V__Kingissepa_nim__kolhoos, lk 57
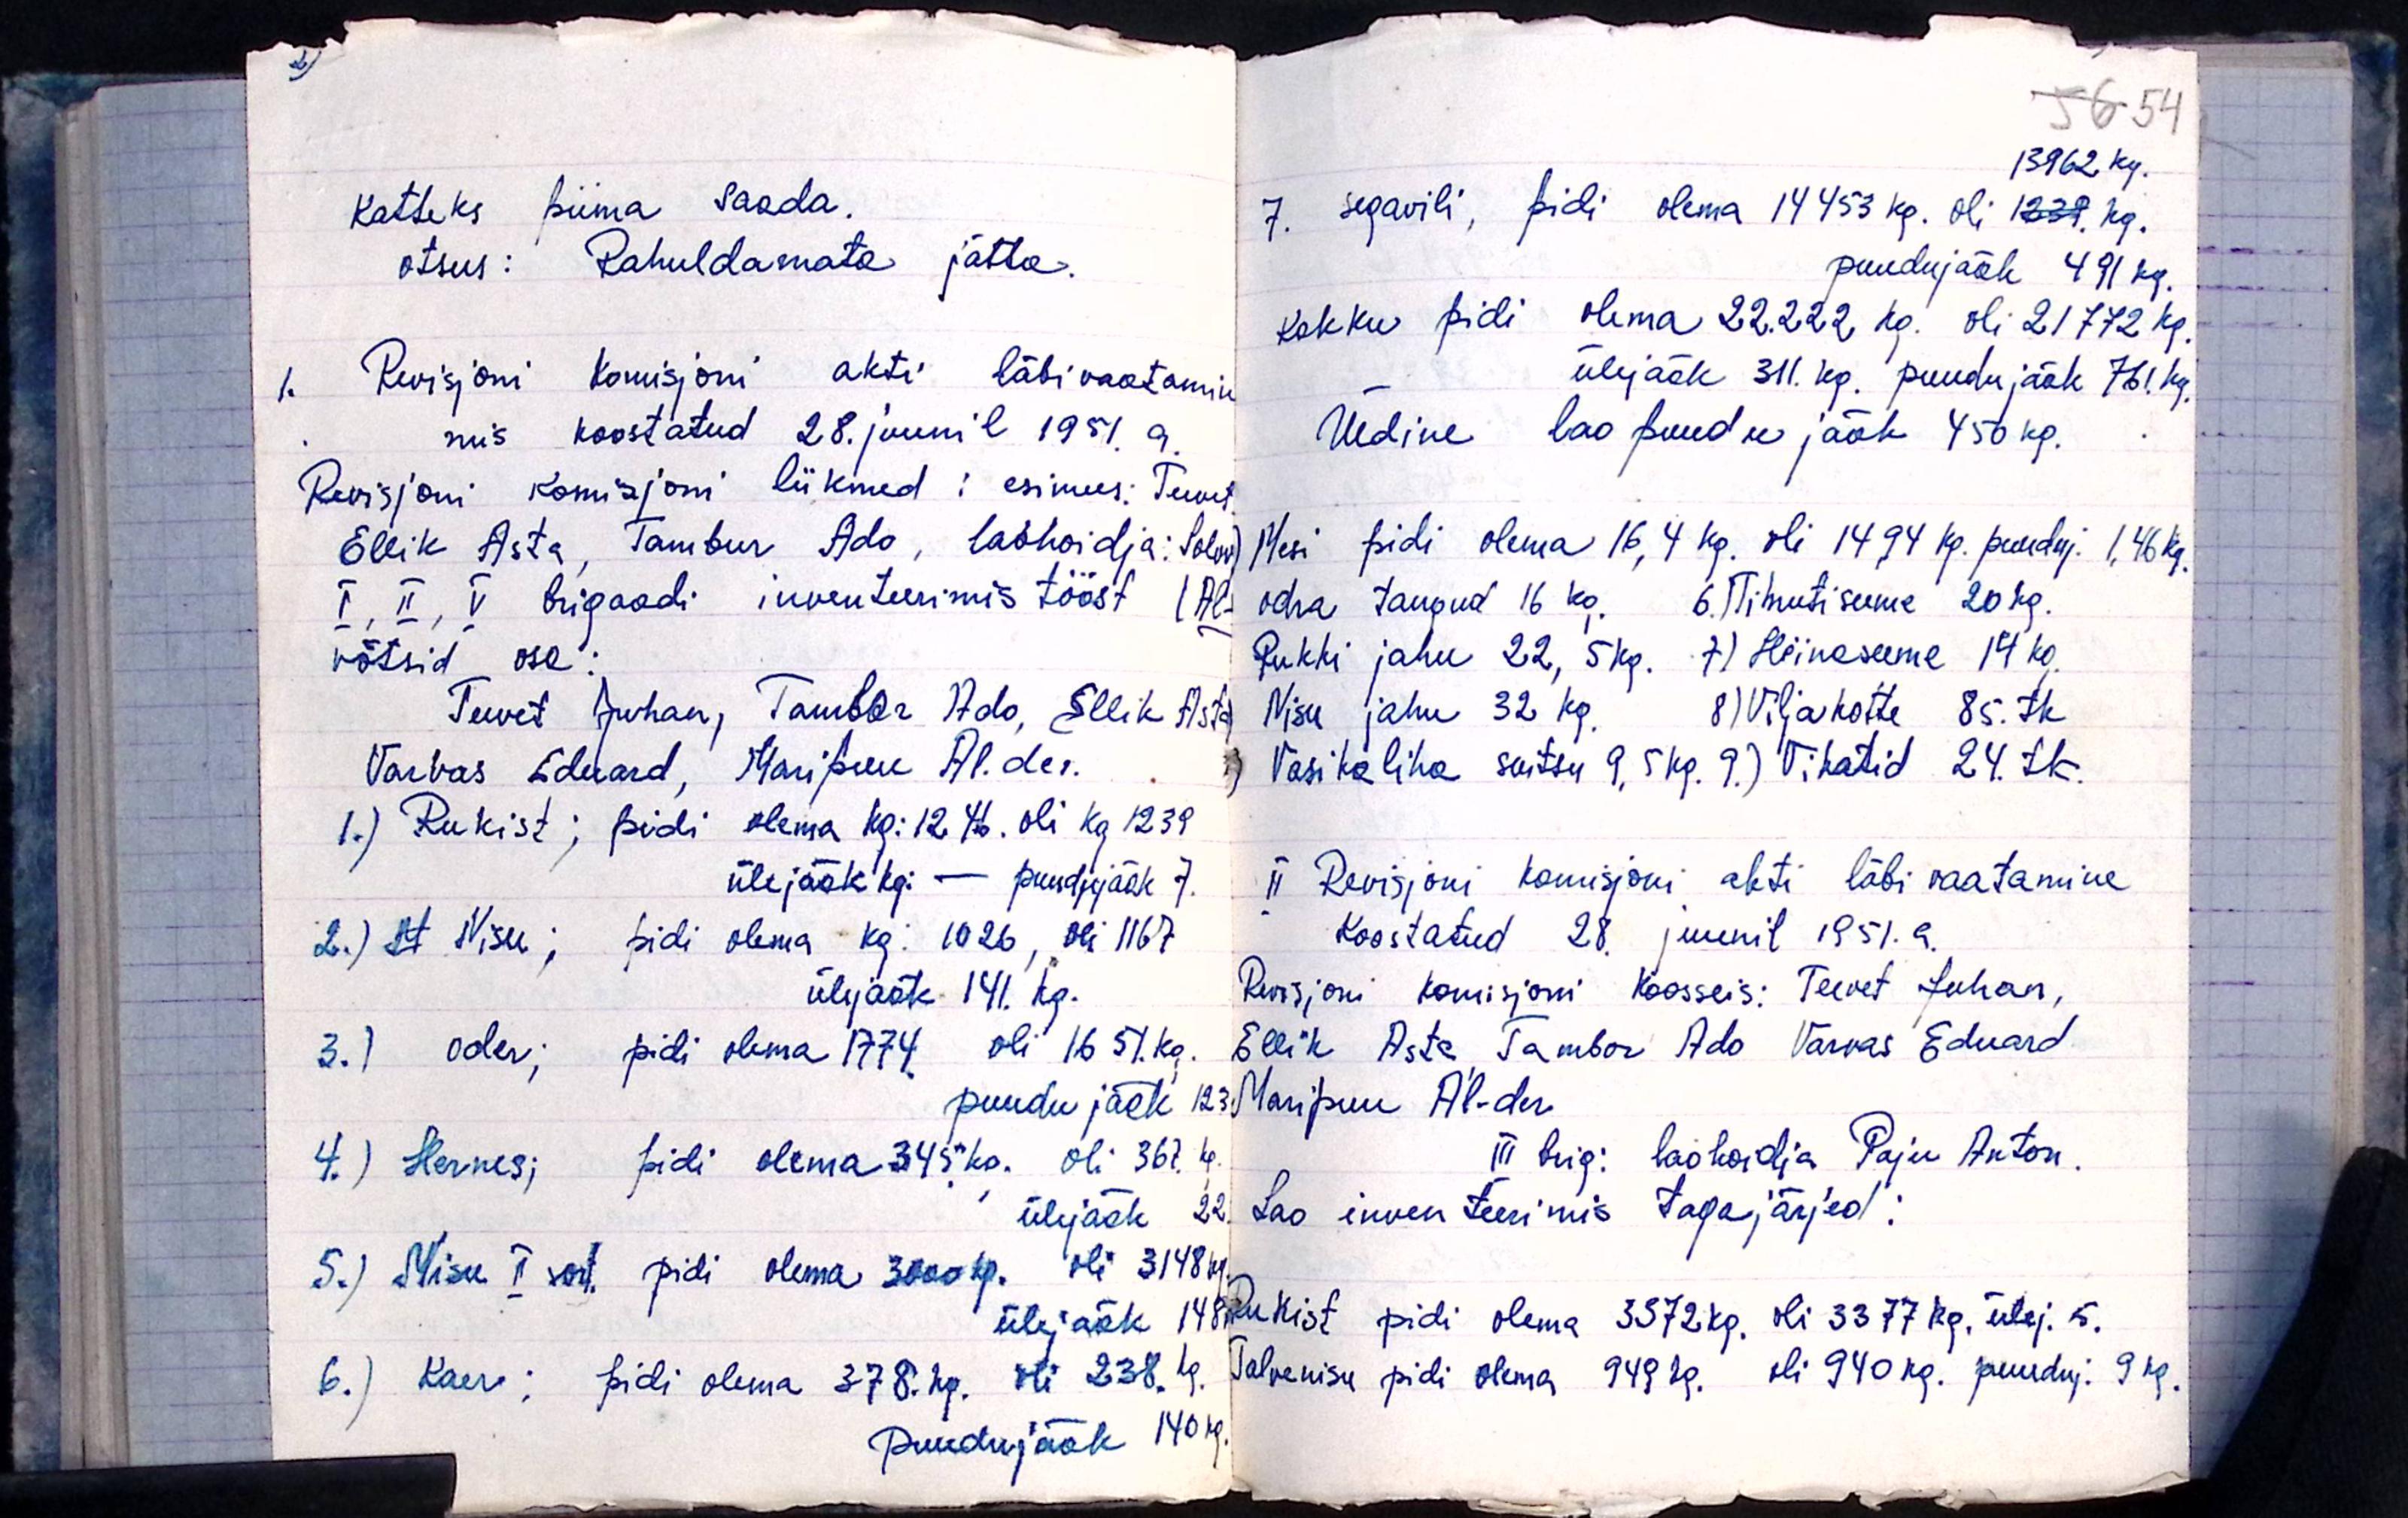
Katteks piima saada.
otsus: Rahuldamata jätta.
1. Revisjoni Komisjoni akti läbivaatamine
mis koostatud 28. juunil 1951. a.
Revisjoni Komisjoni liikmed: esimees: Teevet
Ellik Asta, Tambur Ado, laohoidja: Solov
I, II, V brigaadi inventeerimis tööst (Al-
võtsid osa:
Teevet Juhan, Tambur Ado, Ellik Asta
Varvas Eduard, Maripuu Al.der.
1.) Rukist; pidi olema kg: 1246. oli kg 1239
ülejääk kg: - puudujääk 7.
2.) M Nisu; pidi olema kg: 1026, oli 1167
ülejääk 141. kg.
3.) oder; pidi olema 1774 oli 1651. kg.
puudu jääk 123
4.) Hernes; pidi olema 345 kg. oli 367. kg.
ülejääk 22.
5.) Nisu II sort. pidi olema 3000 kg. oli 3148 kg.
ülejääk 148
6.) Kaer; pidi olema 378. kg. oli 238.kg.
Puudujääk 140 kg.

13962 kg.
7. segavili, pidi olema 14 453 kg. oli 1239. kg.
puudujääk 491 kg.
kokku pidi olema 22.222 kg. oli 21772 kg.
ülejääk 311. kg. puudujääk 761 kg.
Üldine lao puudu jääk 450 kg.
Mesi pidi olema 16,4 kg. oli 14,94 kg. puuduj. 1,46 kg.
odra tangud 16 kg. 6.) Tihutiseeme 20 kg.
Rukki jahu 22,5 kg. 7) Hiinaseeme 14 kg.
Nisu jahu 32 kg. 8) Viljakotte 85.tk.
Vasikaliha satsu 9,5 kg. 9.) Vikatid 24. tk.
II Revisjoni komisjoni akti läbi vaatamine
Koostatud 28. juunil 1951.a.
Revisjoni komisjoni Koosseis: Teevet Juhan,
Ellik Asta, Tambur Ado Varvas Eduard
Maripuu Al-der
III brig: laohoidja Paju Anton.
Lao inventeerimis tagajärjed:
Rukist pidi olema 3372 kg. oli 3377 kg. ülej. 5.
Talvenisu pidi olema 949 kg. oli 940 kg. puuduj. 9 kg.